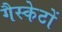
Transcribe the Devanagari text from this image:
गैस्केटों